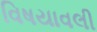
વિષયાવલી